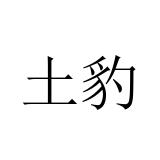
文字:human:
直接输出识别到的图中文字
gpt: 土豹